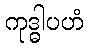
ကုဒ္ဓါပဟံ